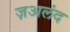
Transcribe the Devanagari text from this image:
ज़अलंद